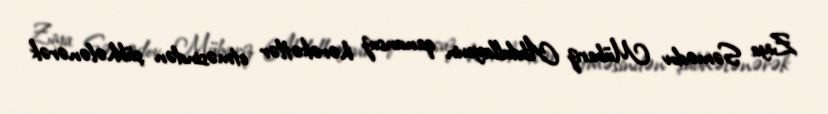
Ziya Səmədov Mübariz Abdullayevin qanunsuz hərəkətlər etməsindən şübhələnərək